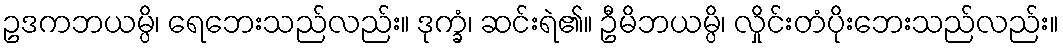
ဥဒကဘယမ္ပိ၊ ရေဘေးသည်လည်း။ ဒုက္ခံ၊ ဆင်းရဲ၏။ ဦမိဘယမ္ပိ၊ လှိုင်းတံပိုးဘေးသည်လည်း။